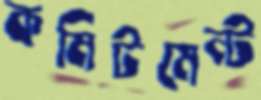
কমিটমেন্ট